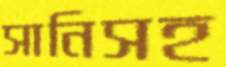
সানিসহ